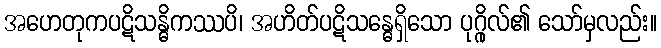
အဟေတုကပဋိသန္ဓိကဿပိ၊ အဟိတ်ပဋိသန္ဓေရှိသော ပုဂ္ဂိုလ်၏ သော်မှလည်း။